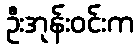
ဦးအုန်းဝင်းက